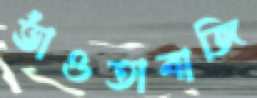
ভাঁওতাবাজি